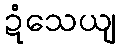
ဍံသေယျ